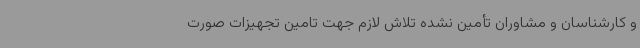
و کارشناسان و مشاوران تأمین نشده تلاش لازم جهت تامین تجهیزات صورت